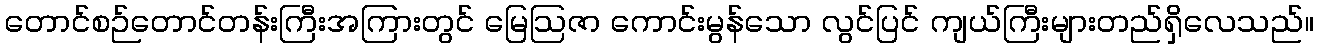
တောင်စဉ်တောင်တန်းကြီးအကြားတွင် မြေဩဇာ ကောင်းမွန်သော လွင်ပြင် ကျယ်ကြီးများတည်ရှိလေသည်။